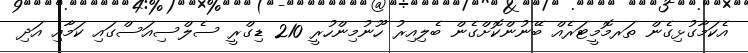
އެކަމާގުޅިގެން ތަރމޮމީޓަރެއް ބޭނުންކޮށްގެން ބެލިއިރު ހޫނުމިންހުރީ 210 ޑިގްރީ ސެލްސިއަސްގައި ކަމާއި އަދި